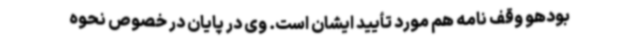
بودهو وقف نامه هم مورد تأیید ایشان است. وی در پایان در خصوص نحوه